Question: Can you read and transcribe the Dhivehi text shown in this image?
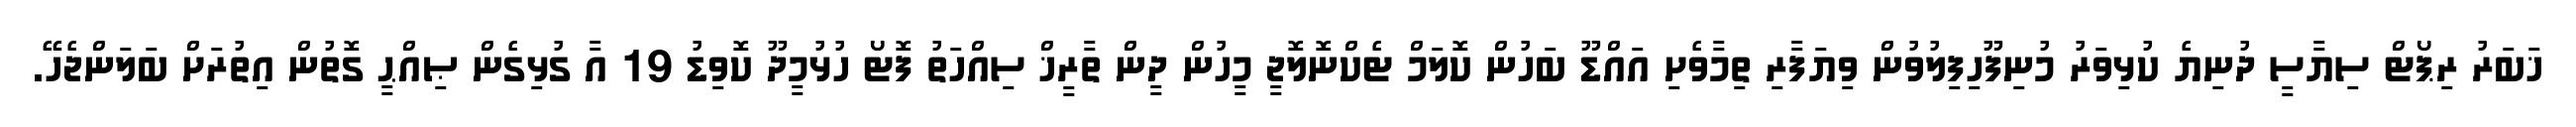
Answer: ޚަބަރު ރިޕޯޓް ސިޔާސީ ދުނިޔެ ކުޅިވަރު މުނިފޫހިފިލުވުން ވިޔަފާރި ތިމާވެށި އައްޑޫ ބަހުން ކޮލަމް ޓެކްނޮލޮޖީ މީހުން ދީން ތާރީޚް ސިއްހަތު ފޮޓޯ ހުޅުމީދޫ ކޮވިޑު 19 އާ ގުޅިގެން ޞިއްޙީ ގޮތުން އިތުރަށް ބަލަންޖެހޭ.